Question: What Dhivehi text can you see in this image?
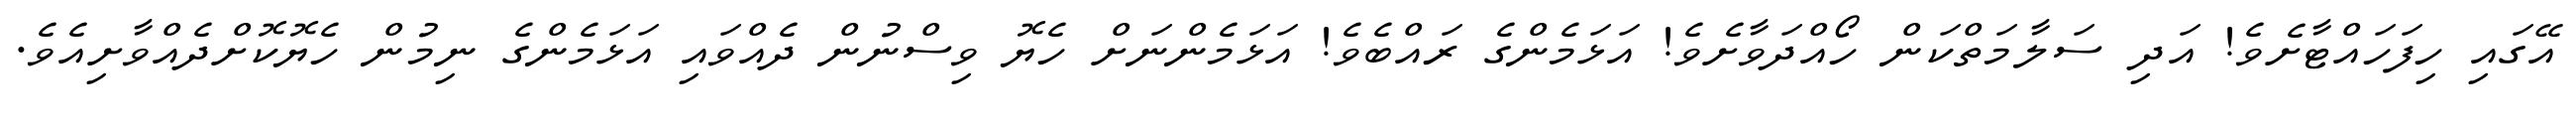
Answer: އޭގައި ހިފަހައްޓާށެވެ! އަދި ސަލާމަތްކަން ހޯއްދަވާށެވެ! އަޅަމެންގެ ރައްބެވެ! އަޅަމެންނަށް ހެޔޮ ވިސްނުން ދެއްވައި އަޅަމެންގެ ނިމުން ހެޔޮކޮށްދެއްވާށިއެވެ.